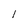
Character: l